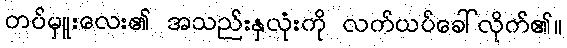
တပ်မှူးလေး၏ အသည်းနှလုံးကို လက်ယပ်ခေါ်လိုက်၏။